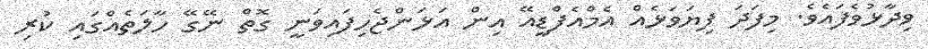
ވިދާޅުވެފައެވެ. މިފަދަ ފިޔަވަޅެއް އެމްއެފްޑީއޭ އިން އަޅަންޖެހިފައިވަނީ ގޮތް ނޭގޭ ހާލަތެއްގައި ކުރި